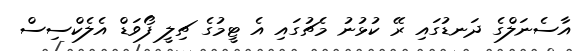
އާސެނަލްގެ ދަނޑުގައި ރޭ ކުޅުނު މެޗުގައި އެ ޓީމުގެ ޗިލީ ފޯވަޑް އެލެކްސިސް